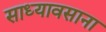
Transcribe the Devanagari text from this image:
साध्यावसाना